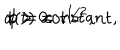
a ( t ) = t ^ { 1 / 2 } , \hspace { 0 . 3 c m } \phi = \mathrm { c o n s t a n t } , \hspace { 0 . 5 c m } t > 0 .